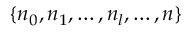
\{ \boldsymbol n _ { 0 } , \boldsymbol n _ { 1 } , \dots , \boldsymbol n _ { l } , \dots , \boldsymbol n \}